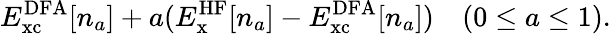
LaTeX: E_{\mathrm{xc}}^{\mathrm{DFA}}[n_{a}]+a(E_{\mathrm{x}}^{\mathrm{HF}}[n_{a}]-E_{\mathrm{xc}}^{\mathrm{DFA}}[n_{a}])\quad(0\leq a\leq 1).